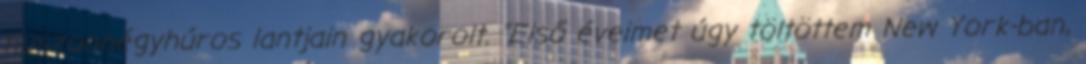
huszonnégyhúros lantjain gyakorolt. "Első éveimet úgy töltöttem New York-ban,